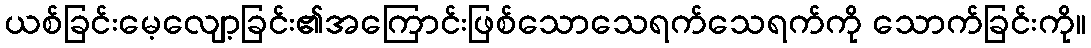
ယစ်ခြင်းမေ့လျော့ခြင်း၏အကြောင်းဖြစ်သောသေရက်သေရက်ကို သောက်ခြင်းကို။